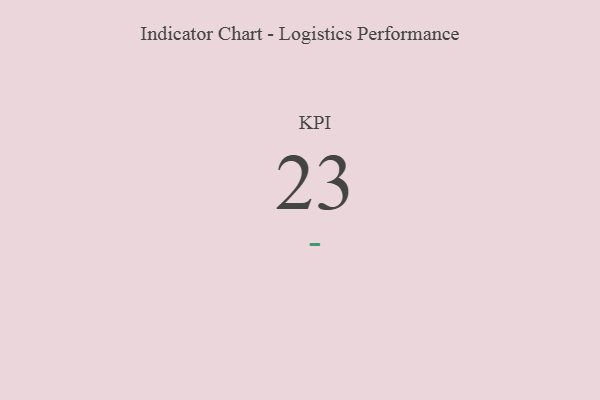
{"axis": {"x": "KPI", "y": "Value"}, "legend": [""], "data": [{"x": "KPI", "y": 23, "type": ""}]}